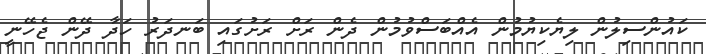
ކައުންސިލުން ލިޔެކިޔުމުން އެއްބަސްވުމުން ދެން ރަށް ރަށުގައި ބަނދަރު ހަދާ ދޭން ޖެހޭނީ